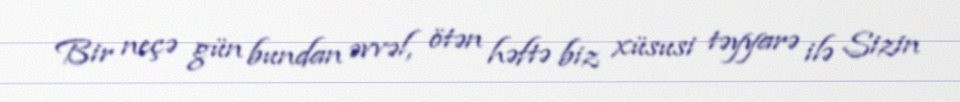
Bir neçə gün bundan əvvəl, ötən həftə biz xüsusi təyyarə ilə Sizin